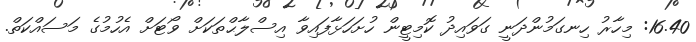
16.40: މިހާރު ހިނގަމުންދަނީ ގަވައިދު ކޮމިޓީން ހުށަހަޅާފައިވާ އިސްލާޙްތަކަށް ވޯޓަށް އެހުމުގެ މަސައްކަތް.